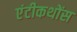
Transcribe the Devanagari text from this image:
एंटीकथोंस